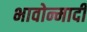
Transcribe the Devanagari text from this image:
भावोन्मादी